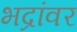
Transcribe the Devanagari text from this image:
भद्रांवर